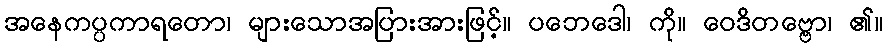
အနေကပ္ပကာရတော၊ များသောအပြားအားဖြင့်။ ပဘေဒေါ၊ ကို။ ဝေဒိတဗ္ဗော၊ ၏။